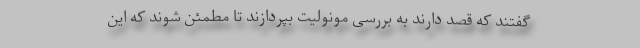
گفتند که قصد دارند به بررسی مونولیت بپردازند تا مطمئن شوند که این